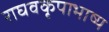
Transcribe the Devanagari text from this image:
राघवकृपाभाष्य